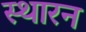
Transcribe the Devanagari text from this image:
स्थारन